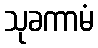
သုခကာမံ